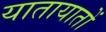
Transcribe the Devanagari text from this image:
यातायातों